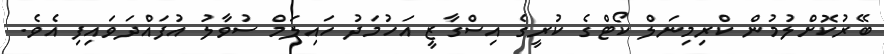
ބޭރުކޮށްލުމުން ކްރިމިނަލް ކޯޓްގެ ކުރީގެ އިސްގާޒީ އަހުމަދު ހައިލަމް ސުވާލު އުފައްދަވައިފި އެވެ.